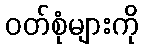
ဝတ်စုံများကို